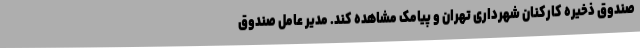
صندوق ذخیره کارکنان شهرداری تهران و پیامک مشاهده کند. مدیر عامل صندوق